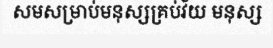
សមសម្រាប់មនុស្សគ្រប់វ័យ មនុស្ស